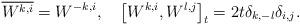
LaTeX: \begin{align*} \overline{W^{k, i}} = W^{-k, i}, \quad\big[W^{k, i}, W^{l, j} \big]_{t}= 2t \delta_{k, -l} \delta_{i, j} .\end{align*}